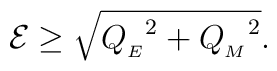
{\cal E} \geq \sqrt{{Q_{_{E}}}^2 + {Q_{_{M}}}^2} .